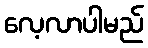
လေ့လာပါမည်